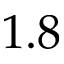
1 . 8